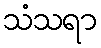
သံသရာ